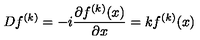
D f ^ { ( k ) } = - i \frac { \partial f ^ { ( k ) } ( x ) } { \partial x } = k f ^ { ( k ) } ( x )